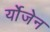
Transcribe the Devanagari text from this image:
र्योजेन